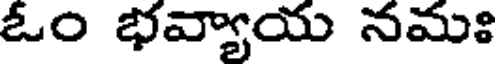
ఓం భవ్యాయ నమః